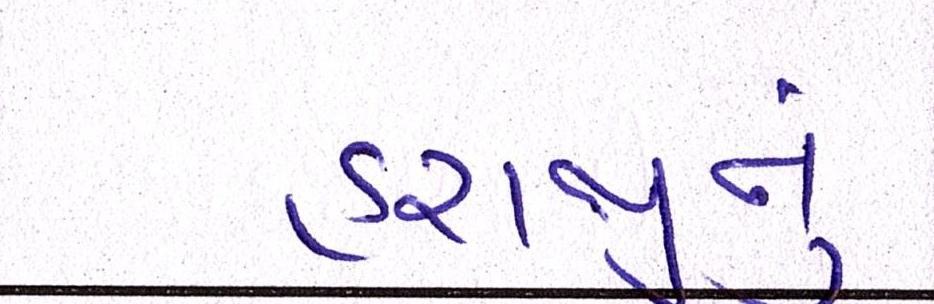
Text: હરાજીનું